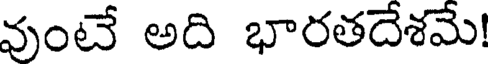
వుంటే అది భారతదేశమే!